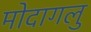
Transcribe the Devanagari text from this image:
मोदागलु